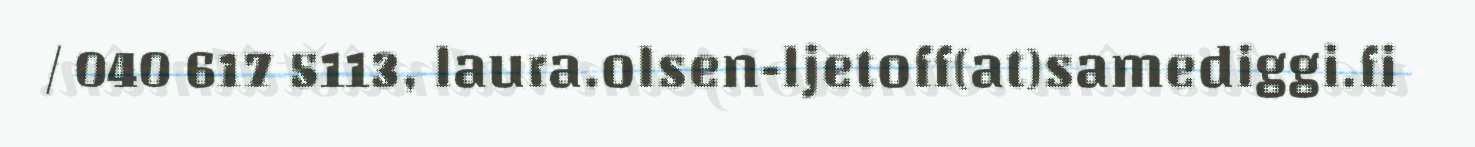
/ 040 617 5113, laura.olsen-ljetoff(at)samediggi.fi